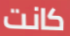
كانت